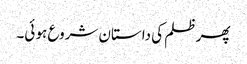
پھر ظلم کی داستان شروع ہو ئی۔